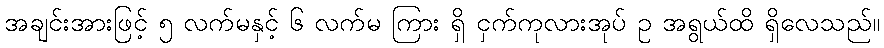
အချင်းအားဖြင့် ၅ လက်မနှင့် ၆ လက်မ ကြား ရှိ ငှက်ကုလားအုပ် ဥ အရွယ်ထိ ရှိလေသည်။